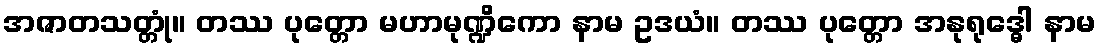
အဇာတသတ္တုံ။ တဿ ပုတ္တော မဟာမုဏ္ဍိကော နာမ ဥဒယံ။ တဿ ပုတ္တော အနုရုဒ္ဓေါ နာမ